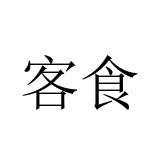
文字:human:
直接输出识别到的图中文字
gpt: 客食